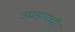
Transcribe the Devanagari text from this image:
उघडायची